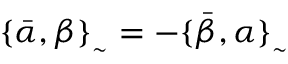
\{ \bar { \alpha } , \beta \} _ { _ { \sim } } = - \{ \bar { \beta } , \alpha \} _ { _ { \sim } }